Papers set at the Examination for Leaving Certificates, 1892
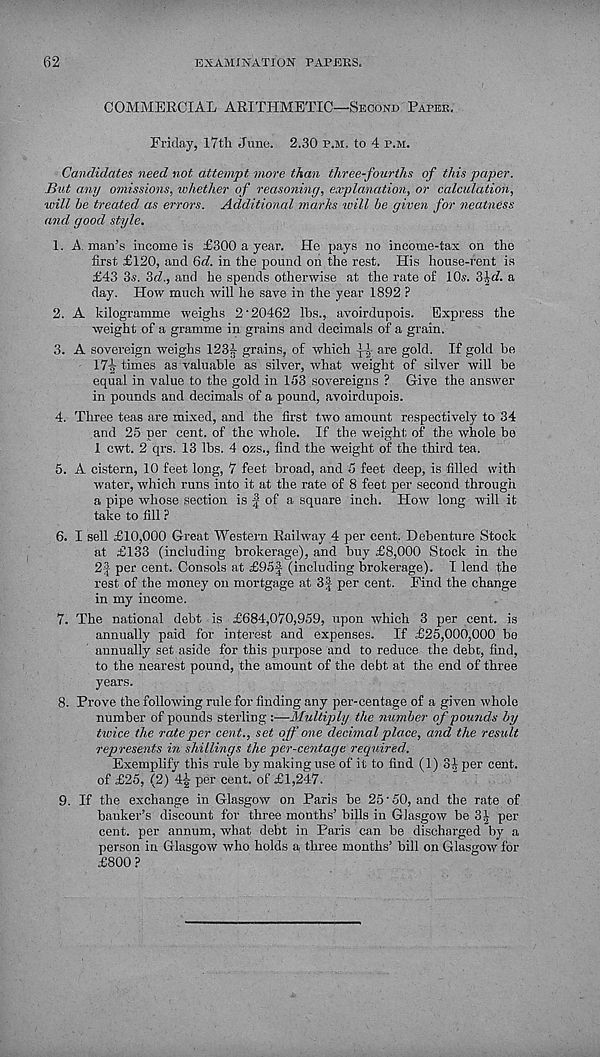
62
EXAMINATION PAPEES.
COMMERCIAL ARITHMETIC—Second Paper.
Friday, 17th June. 2.30 p.m, to 4 p.m.
Candidates need not attempt more than three-fourths of this paper.
But any omissions, whether of reasoning, explanation, or calculation,
will he treated as errors. Additional marks will he given for neatness
and good style.
1. A. man’s income is £300 a year. He pays no income-tax on the
first £120, and Qd. in the pound on the rest. His house-rent is
£43 3«. 3c?., and he spends otherwise at the rate of 10s. 3^d. a
day. How much will he save in the year 1892 ?
2. A kilogramme weighs 2‘20462 lbs., avoirdupois. Express the
weight of a gramme in grains and decimals of a grain.
3. A sovereign weighs 123-1 grains, of which ^ are gold. If gold be
17-|- times as valuable as silver, what weight of silver will be
equal in value to the gold in 153 sovereigns ? Give the answer
in pounds and decimals of a pound, avoirdupois.
4. Three teas are mixed, and the first two amount respectively to 34
and 25 per cent, of the whole. If the weight, of the whole be
1 cwt. 2 qrs. 13 lbs. 4 ozs., find the weight of the third tea.
5. A cistern, 10 feet long, 7 feet broad, and 5 feet deep, is filled with
water, which runs into it at the rate of 8 feet per second through
a pipe whose section is | of a square inch. How long will it
take to fill ?
6. I sell £10,000 Great Western Railway 4 per cent, Debenture Stock
at £133 (including brokerage), and buy £8,000 Stock in the
2| per cent. Consols at £95J (including brokerage). I lend the
rest of the money on mortgage at 3^ per cent. Find the change
in my income.
7. The national debt is £684,070,959, upon which 3 per cent, is
annually paid for interest and expenses. If £25,000,000 be
annually set aside for this purpose and to reduce the debt, find,
to the nearest pound, the amount of the debt at the end of three
years.
8. Prove the following rule for finding any per-centage of a given whole
number of pounds sterling :—Multiply the number of pounds by
twice the rateper cent., set off one decimal place, and the result
represents in shillings the per-centage required.
Exemplify this rule by making use of it to find (1) 3|per cent,
of £25, (2) 4£ per cent, of £1,247.
9. If the exchange in Glasgow on Paris be 25‘50, and the rate of
banker’s discount for three months’ bills in Glasgow be 3T per
cent, per annum, what debt in Paris can be discharged by a
person in Glasgow who holds a three months’ bill on Glasgow for
£800 ?